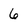
Character: 6